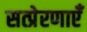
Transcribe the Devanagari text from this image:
सत्प्रेरणाएँ